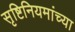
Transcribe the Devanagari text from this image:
सृष्टिनियमांच्या